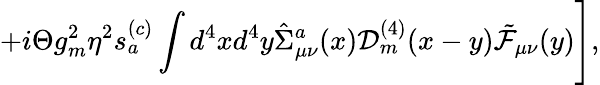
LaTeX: +i\Theta g_{m}^{2}\eta^{2}s_{a}^{(c)}\int d^{4}xd^{4}y\hat{\Sigma}_{\mu\nu}^{a}(x){\cal D}_{m}^{(4)}(x-y)\tilde{\cal F}_{\mu\nu}(y)\Biggr],